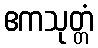
ဧကသုတ္တံ